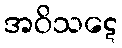
အဝိသဋေ